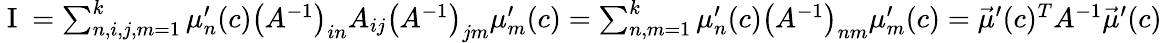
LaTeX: \begin{array}{r}{\mathrm{~I~}=\sum_{n,i,j,m=1}^{k}\mu_{n}^{\prime}(c)\left(A^{-1}\right)_{in}A_{ij}\left(A^{-1}\right)_{jm}\mu_{m}^{\prime}(c)=\sum_{n,m=1}^{k}\mu_{n}^{\prime}(c)\left(A^{-1}\right)_{nm}\mu_{m}^{\prime}(c)=\vec{\mu}^{\prime}(c)^{T}A^{-1}\vec{\mu}^{\prime}(c)}\end{array}